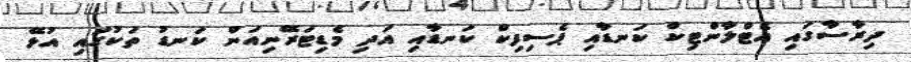
ދިރާސާގައި އެޓްލާންޓިކް ކަނޑާއި ޕެސިފިކް ކަނޑާއި އަދި މެޑިޓަރޭނިއަން ކަނޑު ތަކުގައި އުޅޭ